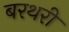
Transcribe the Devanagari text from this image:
बरथरी